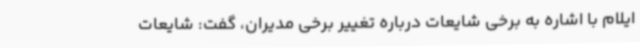
ایلام با اشاره به برخی شایعات درباره تغییر برخی مدیران، گفت: شایعات